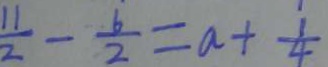
\frac { 1 1 } { 2 } - \frac { 6 } { 2 } = a + \frac { 1 } { 4 }